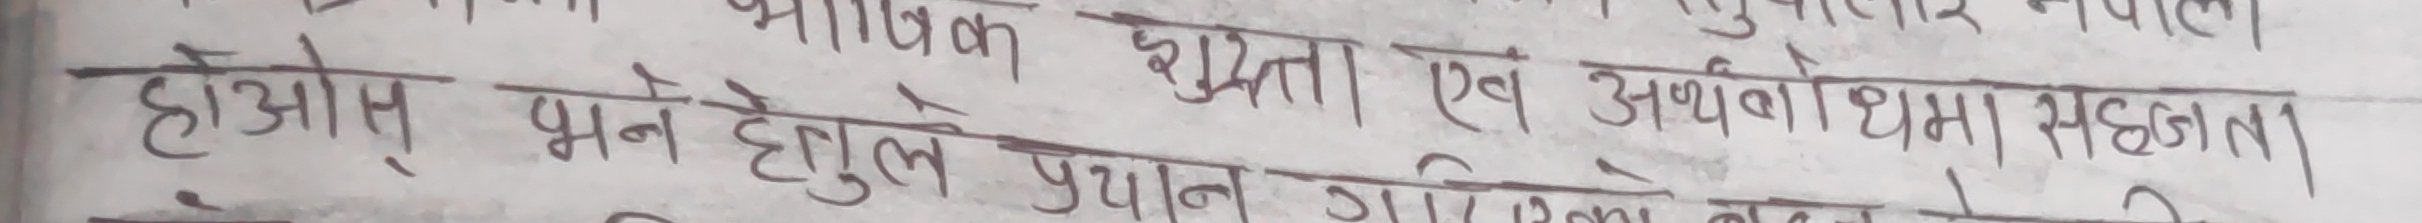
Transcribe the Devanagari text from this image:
होस् भन्ने हेतुले प्रयास गरिएको छ।